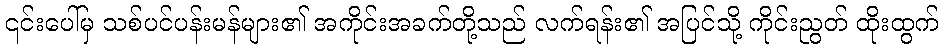
၎င်းပေါ်မှ သစ်ပင်ပန်းမန်များ၏ အကိုင်းအခက်တို့သည် လက်ရန်း၏ အပြင်သို့ ကိုင်းညွတ် ထိုးထွက်